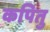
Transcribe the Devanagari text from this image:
कपितु